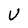
Character: U